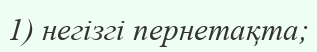
1) негізгі пернетақта;